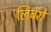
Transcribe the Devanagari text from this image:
लिबेरो